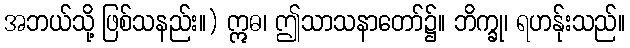
အဘယ်သို့ ဖြစ်သနည်း။) ဣဓ၊ ဤသာသနာတော်၌။ ဘိက္ခု၊ ရဟန်ုးသည်။